Leaving Certificate Examination (including Day School Certificate (Higher) General paper), 1937
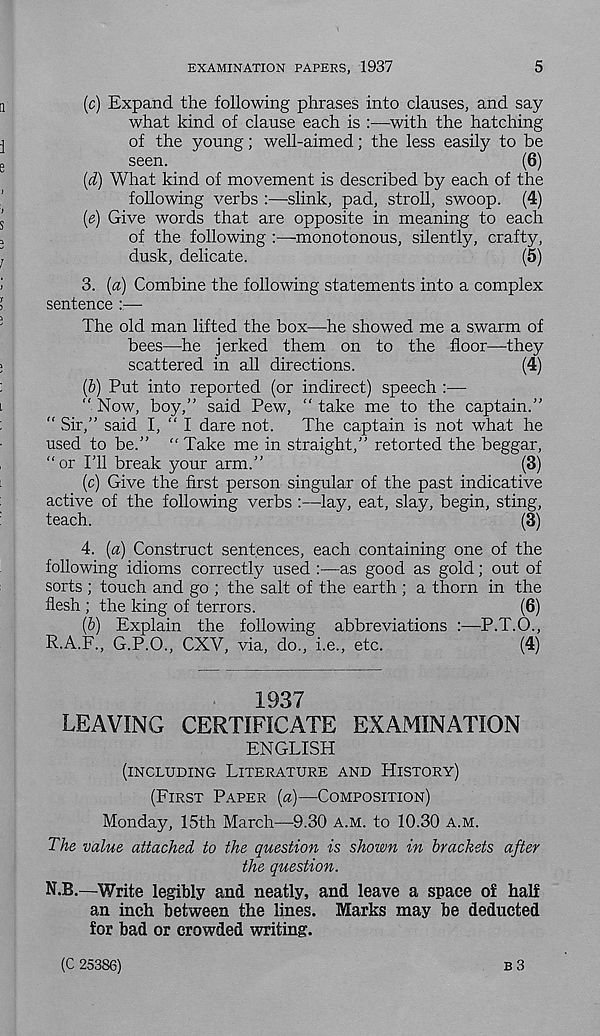
EXAMINATION PAPERS, 1937
5
(c) Expand the following phrases into clauses, and say
what kind of clause each is :—with the hatching
of the young; well-aimed; the less easily to be
seen.
(6)
(d) What kind of movement is described by each of the
following verbs :—slink, pad, stroll, swoop. (4)
(e) Give words that are opposite in meaning to each
of the following
monotonous, silently, crafty,
dusk, delicate.
(5)
3. [a) Combine the following statements into a complex
sentence —
The old man lifted the box—he showed me a swarm of
bees—he jerked them on to the floor—they
scattered in all directions.
(4)
(&) Put into reported (or indirect) speech :—
" Now, boy,” said Pew, “ take me to the captain.”
“ Sir,” said I, ” I dare not. The captain is not what he
used to be.” " Take me in straight,” retorted the beggar,
"or I’ll break your arm.”
(3)
(c) Give the first person singular of the past indicative
active of the following verbs :—lay, eat, slay, begin, sting,
teach.
(8)
4. [a) Construct sentences, each containing one of the
following idioms correctly used :—as good as gold; out of
sorts ; touch and go ; the salt of the earth ; a thorn in the
flesh ; the king of terrors.
(6)
(6) Explain the following abbreviations :—P.T.O.,
R.A.F., G.P.O., CXV, via, do., i.e., etc.
(4)
1937
LEAVING CERTIFICATE EXAMINATION
ENGLISH
(INCLUDING LITERATURE AND HISTORY)
(FIRST PAPER («)—COMPOSITION)
Monday, 15th March—9.30 A.M. to 10.30 A.M.
The value attached to the question is shown in brackets after
the question.
N.B.—Write legibly and neatly, and leave a space of half
an inch between the lines. Marks may be deducted
for bad or crowded writing.
(C 25386)
B 3